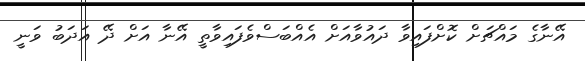
އޭނާގެ މައްޗަށް ކޮށްފައިވާ ދައުވާއަށް އެއްބަސްވެފައިވާތީ އޭނާ އަށް ދޭ އަދަބު ވަނީ